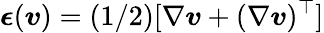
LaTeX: \boldsymbol{\epsilon}(\boldsymbol{v})=(1/2)[\nabla\boldsymbol{v}+(\nabla\boldsymbol{v})^{\top}]